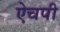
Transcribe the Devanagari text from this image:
ऐचपी